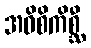
အဝိစိကိစ္ဆီ